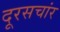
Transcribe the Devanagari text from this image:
दूरसचांर